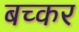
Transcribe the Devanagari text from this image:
बच्कर